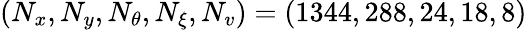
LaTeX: \left(N_{x},N_{y},N_{\theta},N_{\xi},N_{v}\right)=(1344,288,24,18,8)